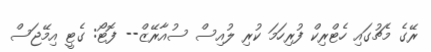
ރޭގެ މެޗުގައި ހެޓްރިކް ފުރިހަމަ ކުރި ލުއިސް ސުއާރޭޒް-- ފޮޓޯ: ގެޓީ އިމޭޖަސް